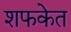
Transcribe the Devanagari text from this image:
शफकेत